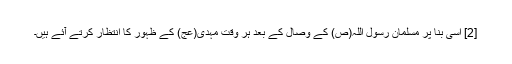
[2] اسی بنا پر مسلمان رسول اللہ(ص) کے وصال کے بعد ہر وقت مہدی(عج) کے ظہور کا انتظار کرتے آئے ہیں۔